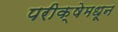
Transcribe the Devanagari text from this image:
परीक्षेमधून